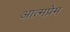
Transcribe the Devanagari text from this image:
आत्मप्रेम